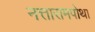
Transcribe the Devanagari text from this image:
नत्तारामपोथा